Vaccination in Burma 1889-1999 - 1889-1999
Year: 1889
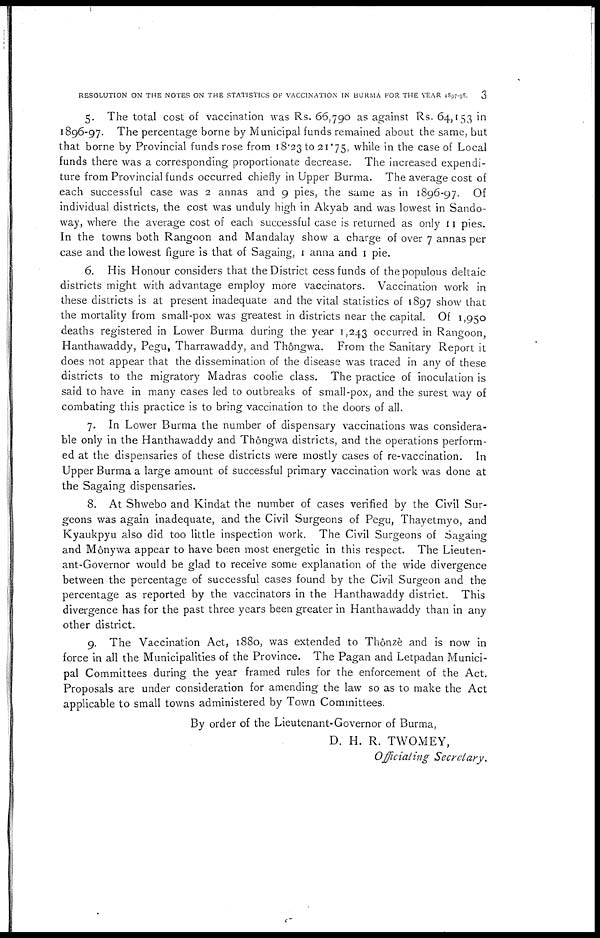
RESOLUTION ON THE NOTES ON THE STATISTICS OF VACCINATION' IN BURMA FOR THE YEAR 1897-98.
3
5. The total cost of vaccination was Rs. 66,790 as against Rs. 64,153 in
1896-97. The percentage borne by Municipal funds remained about the same, but
that borne by Provincial funds rose from 18.23 to 21.75, while in the case of Local
funds there was a corresponding proportionate decrease. The increased expendi-
ture from Provincial funds occurred chiefly in Upper Burma. The average cost of
each successful case was 2 annas and 9 pies, the same as in 1896-97. Of
individual districts, the cost was unduly high in Akyab and was lowest in Sando-
way, where the average cost of each successful case is returned as only 11 pies.
In the towns both Rangoon and Mandalay show a charge of over 7 annas per
case and the lowest figure is that of Sagaing, 1 anna and 1 pie.
6. His Honour considers that the District cess funds of the populous deltaic
districts might with advantage employ more vaccinators. Vaccination work in
these districts is at present inadequate and the vital statistics of 1897 show that
the mortality from small-pox was greatest in districts near the capital. Of 1,950
deaths registered in Lower Burma during the year 1,243 occurred in Rangoon,
Hanthawaddy, Pegu, Tharrawaddy, and Thôngwa. From the Sanitary Report it
does not appear that the dissemination of the disease was traced in any of these
districts to the migratory Madras coolie class. The practice of inoculation is
said to have in many cases led to outbreaks of small-pox, and the surest way of
combating this practice is to bring vaccination to the doors of all.
7. In Lower Burma the number of dispensary vaccinations was considera-
ble only in the Hanthawaddy and Thongwa districts, and the operations perform-
ed at the dispensaries of these districts were mostly cases of re-vaccination. In
Upper Burma a large amount of successful primary vaccination work was done at
the Sagaing dispensaries.
8. At Shwebo and Kindat the number of cases verified by the Civil Sur-
geons was again inadequate, and the Civil Surgeons of Pegu, Thayetmyo, and
Kyaukpyu also did too little inspection work. The Civil Surgeons of Sagaing
and Mônywa appear to have been most energetic in this respect. The Lieuten-
ant-Governor would be glad to receive some explanation of the wide divergence
between the percentage of successful cases found by the Civil Surgeon and the
percentage as reported by the vaccinators in the Hanthawaddy district. This
divergence has for the past three years been greater in Hanthawaddy than in any
other district.
9. The Vaccination Act, 1880, was extended to Thônzè and is now in
force in all the Municipalities of the Province. The Pagan and Letpadan Munici-
pal Committees during the year framed rules for the enforcement of the Act.
Proposals are under consideration for amending the law so as to make the Act
applicable to small towns administered by Town Committees.
By order of the Lieutenant-Governor of Burma,
D. H. R. TWOMEY,
Officiating Secretary.